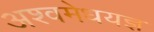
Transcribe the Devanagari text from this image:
अश्वमेधयज्ञ